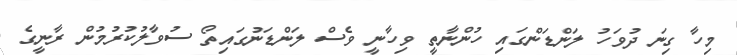
މިހާ ގިނަ ދުވަހު ލަންޑަންގައި ހުންނާތީ ވިހާނީ ވެސް ލަންޑަނުގައިތޯ ސުވާލުކުރުމުން ރާނީގެ